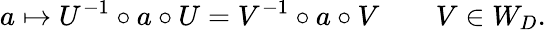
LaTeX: a\mapsto U^{-1}\circ a\circ U=V^{-1}\circ a\circ V\qquad V\in W_{D}.